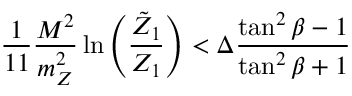
\frac { 1 } { 1 1 } \frac { M ^ { 2 } } { m _ { Z } ^ { 2 } } \ln \left( \frac { \tilde { Z } _ { 1 } } { Z _ { 1 } } \right) < \Delta \frac { \tan ^ { 2 } \beta - 1 } { \tan ^ { 2 } \beta + 1 }